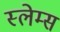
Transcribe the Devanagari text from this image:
स्लेम्स